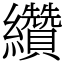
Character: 纘